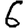
Digit: 6